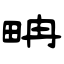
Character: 畘